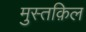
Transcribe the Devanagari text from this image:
मुस्तक़िल